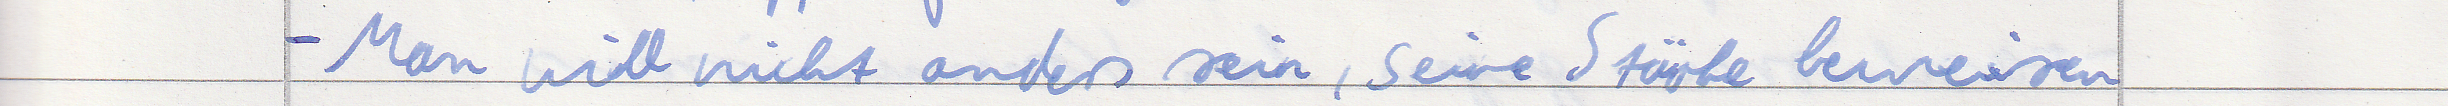
- Man will nicht anders sein, seine Stärke beweisen